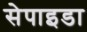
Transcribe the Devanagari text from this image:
सेपाइडा